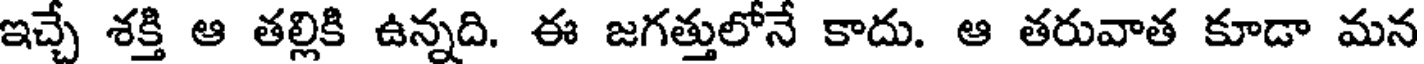
ఇచ్చే శక్తి ఆ తల్లికి ఉన్నది. ఈ జగత్తులోనే కాదు. ఆ తరువాత కూడా మన